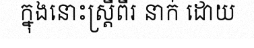
ក្នុងនោះស្ត្រីពីរ នាក់ ដោយ